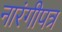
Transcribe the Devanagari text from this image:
नारंगीपत्र